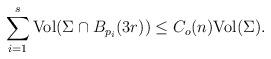
LaTeX: \begin{align*}\sum_{i=1}^s{\rm Vol}(\Sigma\cap B_{p_i}(3r)) \leq C_o(n) {\rm Vol}(\Sigma).\end{align*}